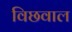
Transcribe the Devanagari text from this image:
विछवाल